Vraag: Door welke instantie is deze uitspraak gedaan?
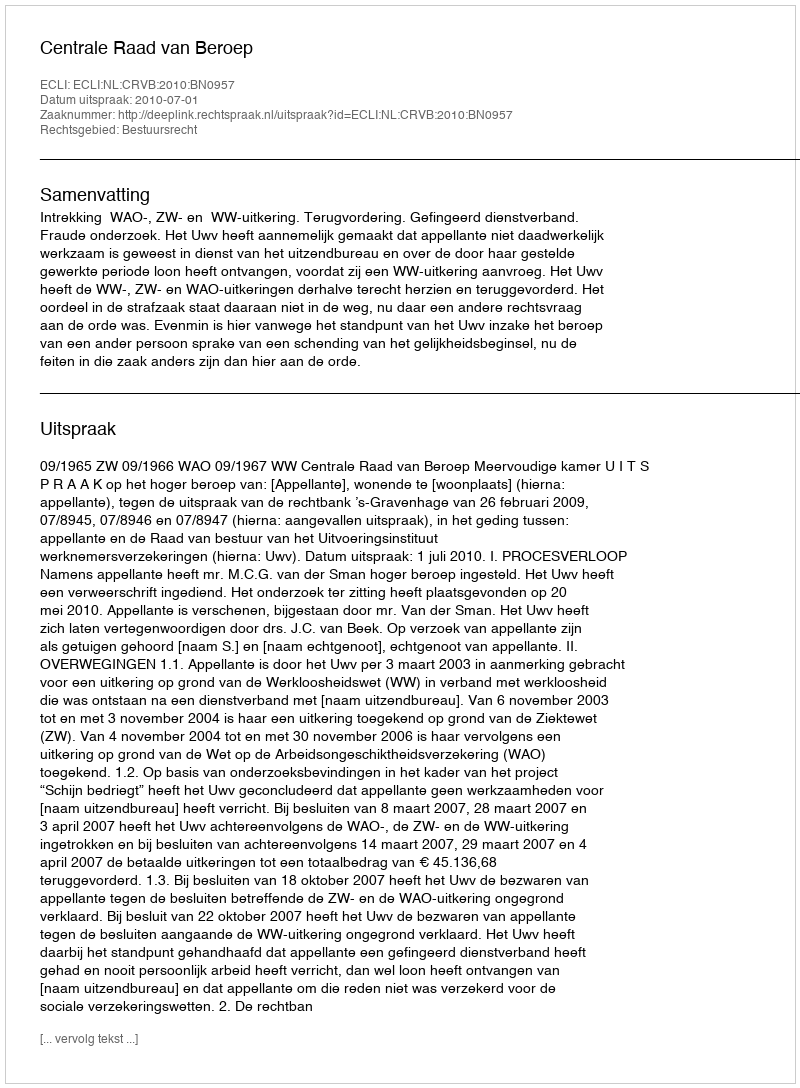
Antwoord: Centrale Raad van Beroep